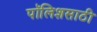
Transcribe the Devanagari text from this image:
पॉलिशसाठी